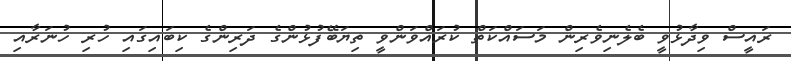
ރައީސް ވިދާޅުވީ ބެލެނިވެރިން މަސައްކަތް ކުރައްވަންވީ ތިޔަބޭފުޅުންގެ ދަރިންގެ ކިބައިގައި ހުރި ހުނަރާއި